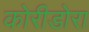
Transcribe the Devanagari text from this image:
कोरीडोरा